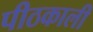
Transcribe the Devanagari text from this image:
पीठकाली